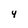
Character: 4